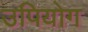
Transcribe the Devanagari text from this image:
उपियोग